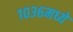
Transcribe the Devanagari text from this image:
१०३६मध्ये